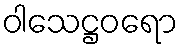
ဝါသေဋ္ဌဝရော